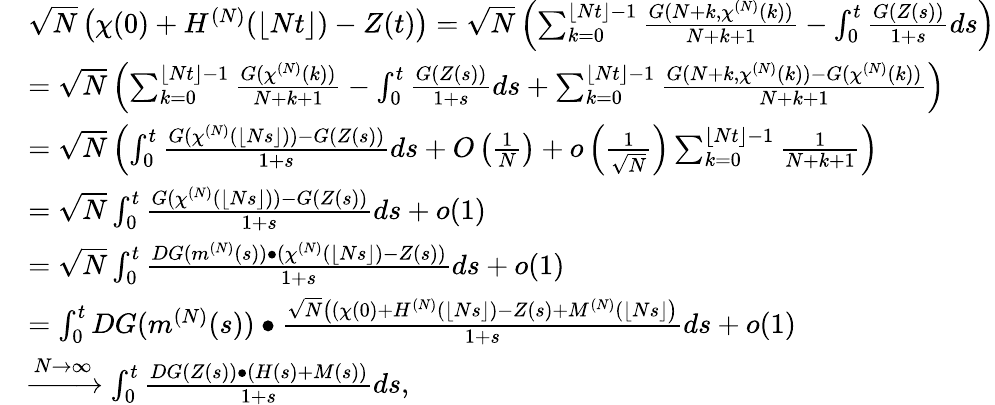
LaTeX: \begin{array}{rl}&{\sqrt{N}\left(\chi(0)+H^{(N)}(\lfloor Nt\rfloor)-Z(t)\right)=\sqrt{N}\left(\sum_{k=0}^{\lfloor Nt\rfloor-1}\frac{G(N+k,\chi^{(N)}(k))}{N+k+1}-\int_{0}^{t}\frac{G(Z(s))}{1+s}ds\right)}\\ &{=\sqrt{N}\left(\sum_{k=0}^{\lfloor Nt\rfloor-1}\frac{G(\chi^{(N)}(k))}{N+k+1}-\int_{0}^{t}\frac{G(Z(s))}{1+s}ds+\sum_{k=0}^{\lfloor Nt\rfloor-1}\frac{G(N+k,\chi^{(N)}(k))-G(\chi^{(N)}(k))}{N+k+1}\right)}\\ &{=\sqrt{N}\left(\int_{0}^{t}\frac{G(\chi^{(N)}(\lfloor Ns\rfloor))-G(Z(s))}{1+s}ds+O\left(\frac{1}{N}\right)+o\left(\frac{1}{\sqrt{N}}\right)\sum_{k=0}^{\lfloor Nt\rfloor-1}\frac{1}{N+k+1}\right)}\\ &{=\sqrt{N}\int_{0}^{t}\frac{G(\chi^{(N)}(\lfloor Ns\rfloor))-G(Z(s))}{1+s}ds+o(1)}\\ &{=\sqrt{N}\int_{0}^{t}\frac{DG(m^{(N)}(s))\bullet(\chi^{(N)}(\lfloor Ns\rfloor)-Z(s))}{1+s}ds+o(1)}\\ &{=\int_{0}^{t}DG(m^{(N)}(s))\bullet\frac{\sqrt{N}\left((\chi(0)+H^{(N)}(\lfloor Ns\rfloor)-Z(s)+M^{(N)}(\lfloor Ns\rfloor\right)}{1+s}ds+o(1)}\\ &{\xrightarrow{N\to\infty}\int_{0}^{t}\frac{DG(Z(s))\bullet(H(s)+M(s))}{1+s}ds,}\end{array}